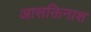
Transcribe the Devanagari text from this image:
आसक्तिनाश